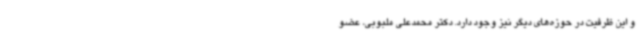
و این ظرفیت در حوزه‌های دیگر نیز وجود دارد. دکتر محمدعلی ملبوبی، عضو